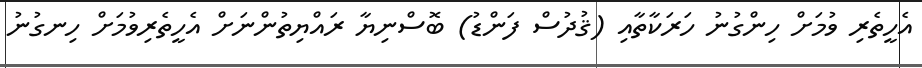
އެހީތެރި ވުމަށް ހިންގުނު ހަރަކާތާއި (ޤުދުސް ފަންޑު) ބޮސްނިޔާ ރައްޔިތުންނަށް އެހީތެރިވުމަށް ހިނގުނު